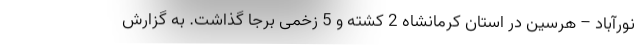
نورآباد – هرسین در استان کرمانشاه 2 کشته و 5 زخمی برجا گذاشت. به گزارش